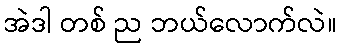
အဲဒါ တစ် ည ဘယ်လောက်လဲ။